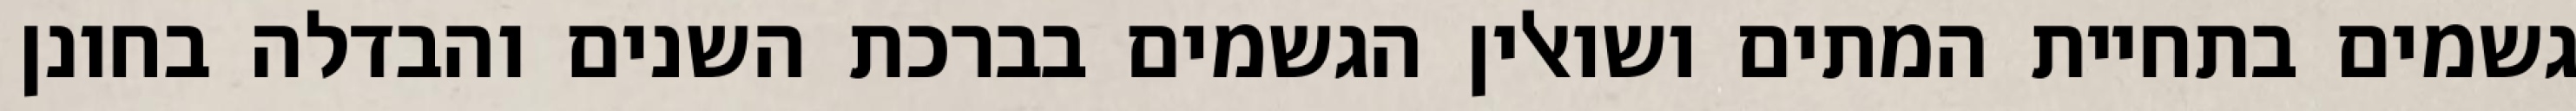
גשמים בתחיית המתים ושואלין הגשמים בברכת השנים והבדלה בחונן